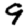
Digit: 9